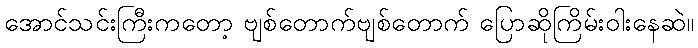
အောင်သင်းကြီးကတော့ ဗျစ်တောက်ဗျစ်တောက် ပြောဆိုကြိမ်းဝါးနေဆဲ။